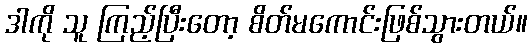
ဒါကို သူ ကြည့်ပြီးတော့ စိတ်မကောင်းဖြစ်သွားတယ်။